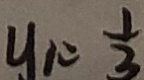
y _ { 1 } = \frac { 1 } { 3 }